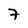
Character: 7